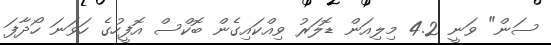
ސަން" ވަނީ 4.2 މިލިއަން ޑޮލަރު ވިއްކައިގެން ބޮކްސް އޮފީހުގެ ހަވަނަ ހޯދާފަ